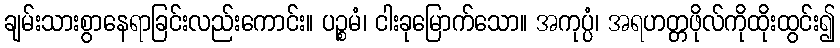
ချမ်းသားစွာနေရာခြင်းလည်းကောင်း။ ပဉ္စမံ၊ ငါးခုမြောက်သော။ အကုပ္ပံ၊ အရဟတ္တဖိုလ်ကိုထိုးထွင်း၍